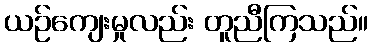
ယဉ်ကျေးမှုလည်း တူညီကြသည်။